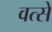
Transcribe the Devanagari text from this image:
वत्से